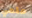
علمي